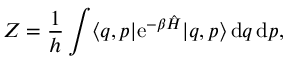
Z = { \frac { 1 } { h } } \int \langle q , p | \mathrm { e } ^ { - \beta { \hat { H } } } | q , p \rangle \, \mathrm { d } q \, \mathrm { d } p ,